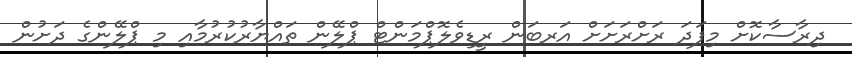
ދިރާސާކޮށް މިފަދަ ރަށްރަށަށް އަރބަން ރީޑިވެލޮޕްމަންޓް ޕްލޭން ތައްޔާރުކުރުމާއި މި ޕްލޭންގެ ދަށުން